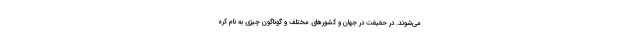
می‌شوند. در حقیقت در جهان و کشورهای مختلف و گوناگون چیزی به نام کره